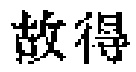
故得